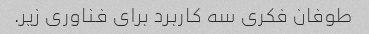
طوفان فکری سه کاربرد برای فناوری زیر.